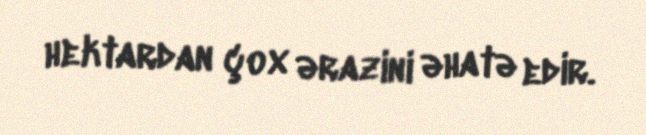
hektardan çox ərazini əhatə edir.